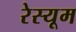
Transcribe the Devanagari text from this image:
रेस्यूम